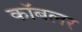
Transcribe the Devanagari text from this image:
कॉबलर